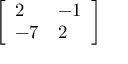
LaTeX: \left[ { \begin{array} { l l } { 2 } & { - 1 } \\ { - 7 } & { 2 } \end{array} } \right]